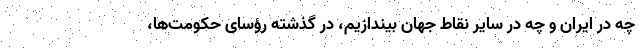
چه در ایران و چه در سایر نقاط جهان بیندازیم، در گذشته رؤسای حکومت‌ها،